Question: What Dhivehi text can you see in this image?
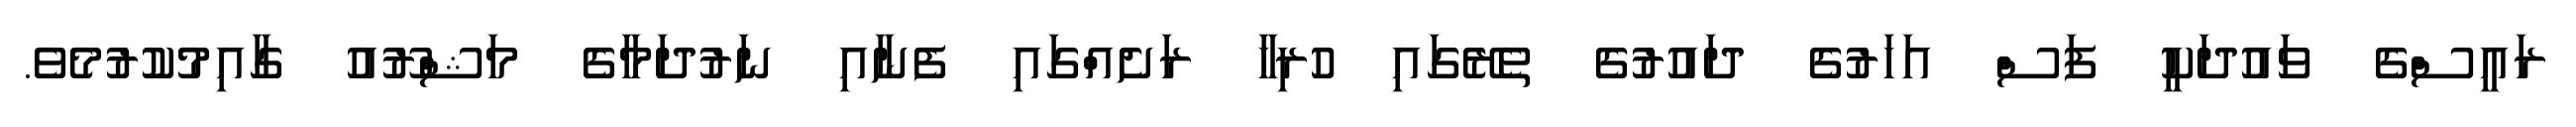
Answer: ރައީސްގެ ވައުދަކީ ފަސް އަހަރުގެ ދައުރުގެ ތެރޭގައި ހުރިހާ ރަށެއްގައި ފެނާއި ނަރުދަމާގެ މަޝްރޫއު ގާއިމުކުރުމެވެ.